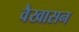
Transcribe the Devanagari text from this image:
वैखासन